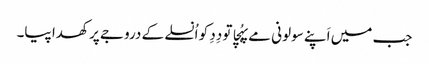
جب میں اَپنے سولونی مے پہُچا تو دِدِ کو اُنسلے کے دروجے پر کھدا پیا۔